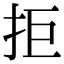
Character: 拒